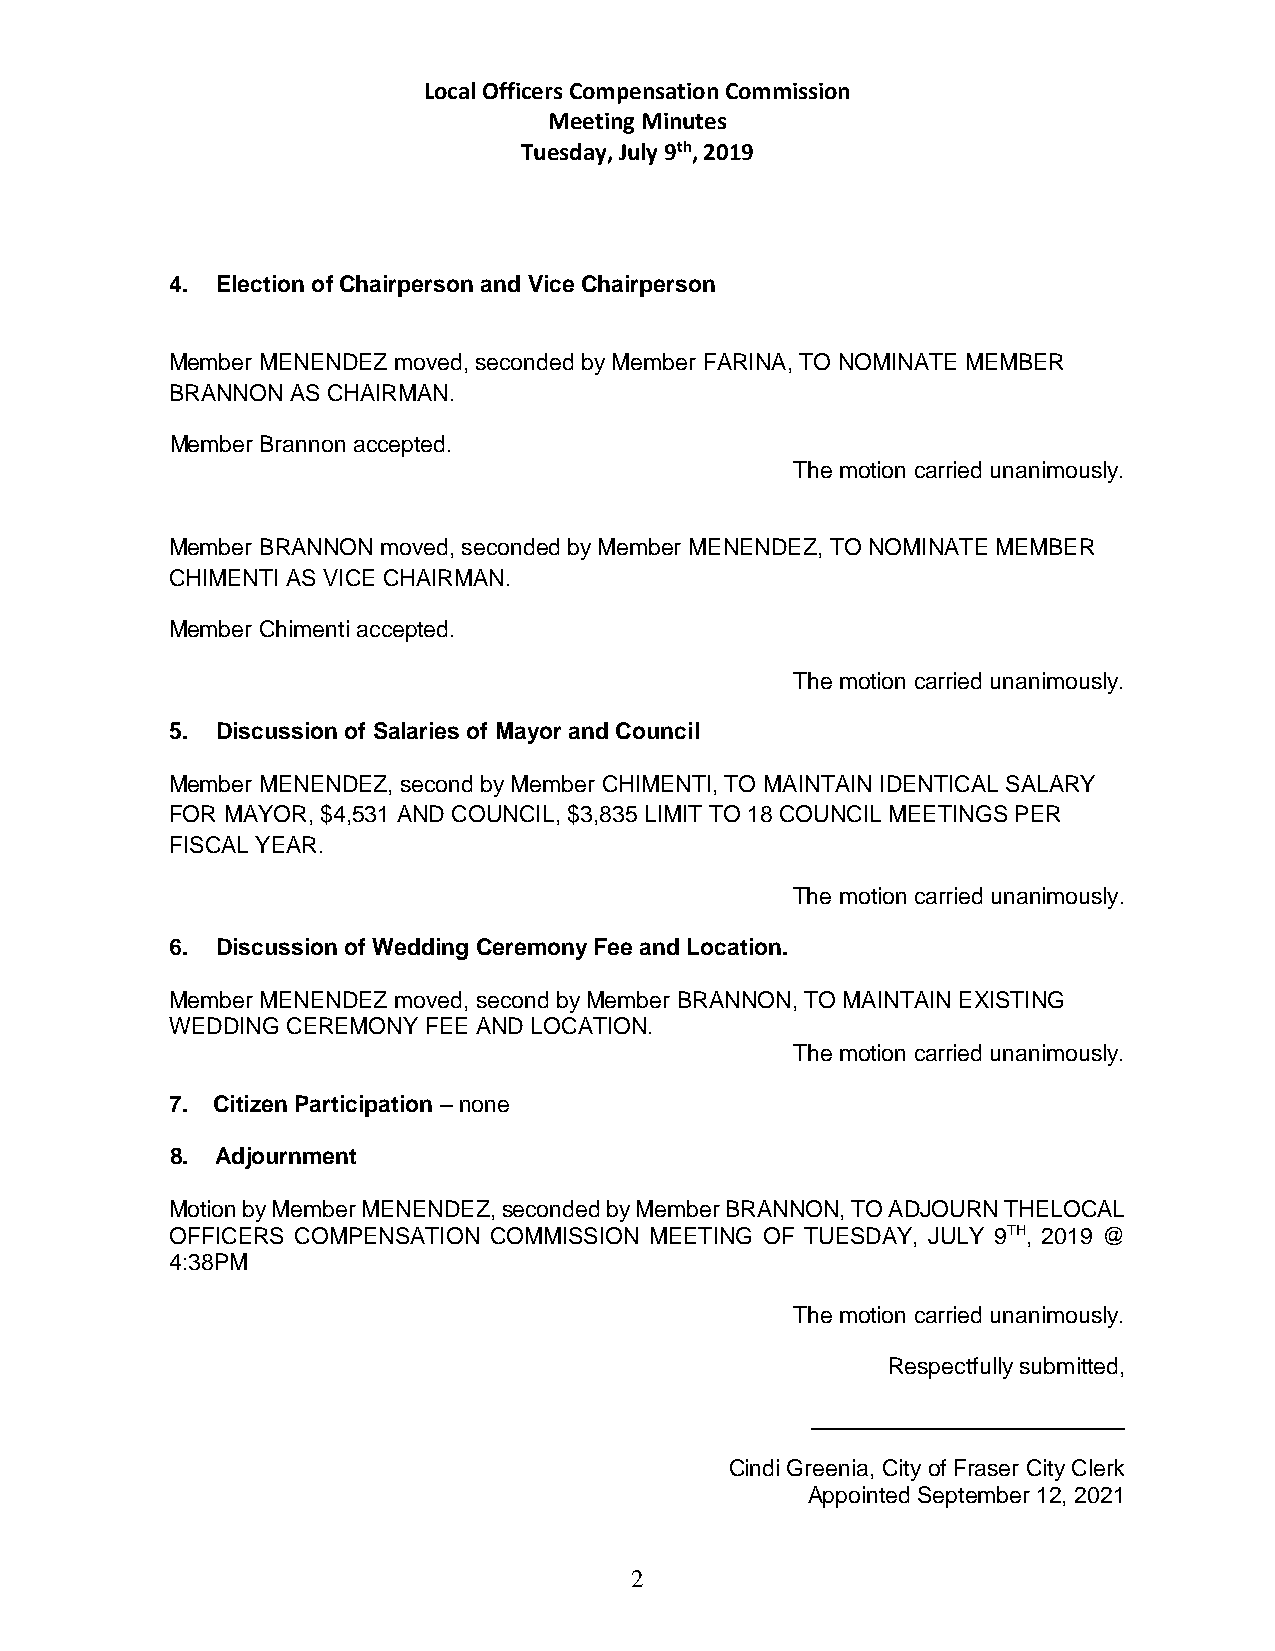
Local Officers Compensation Commission
 Meeting Minutes
 Tuesday, July 9th, 2019
 4. Election of Chairperson and Vice Chairperson
 Member MENENDEZ moved, seconded by Member FARINA, TO NOMINATE MEMBER
 BRANNON AS CHAIRMAN.
 Member Brannon accepted.
 The motion carried unanimously.
 Member BRANNON moved, seconded by Member MENENDEZ, TO NOMINATE MEMBER
 CHIMENTI AS VICE CHAIRMAN.
 Member Chimenti accepted.
 The motion carried unanimously.
 5. Discussion of Salaries of Mayor and Council
 Member MENENDEZ, second by Member CHIMENTI, TO MAINTAIN IDENTICAL SALARY
 FOR MAYOR, $4,531 AND COUNCIL, $3,835 LIMIT TO 18 COUNCIL MEETINGS PER
 FISCAL YEAR.
 The motion carried unanimously.
 6. Discussion of Wedding Ceremony Fee and Location.
 Member MENENDEZ moved, second by Member BRANNON, TO MAINTAIN EXISTING
 WEDDING CEREMONY FEE AND LOCATION.
 The motion carried unanimously.
 7. Citizen Participation – none
 8. Adjournment
 Motion by Member MENENDEZ, seconded by Member BRANNON, TO ADJOURN THELOCAL
 OFFICERS COMPENSATION COMMISSION MEETING OF TUESDAY, JULY 9TH, 2019 @
 4:38PM
 The motion carried unanimously.
 Respectfully submitted,
 Cindi Greenia, City of Fraser City Clerk
 Appointed September 12, 2021
 2